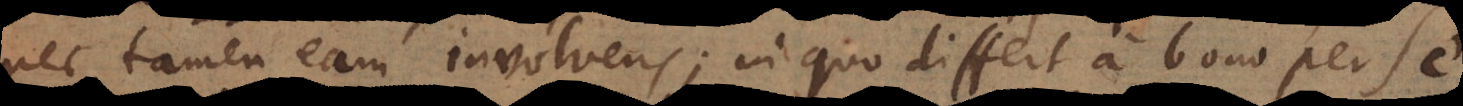
nec tamen eam involvens; in quo differt a bono per s